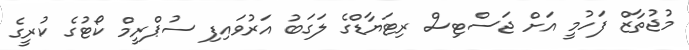
މުޖުތާޒް ފަހުމީ އަށް ޖަސްޓިސް ރިޓަޔާޑްގެ ލަގަބު އަރުވައިފި ސުޕްރީމް ކޯޓުގެ ކުރީގެ